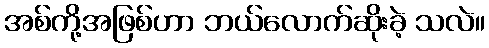
အစ်ကို့အဖြစ်ဟာ ဘယ်လောက်ဆိုးခဲ့ သလဲ။